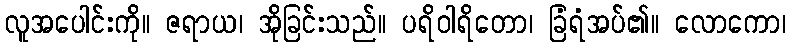
လူအပေါင်းကို။ ဇရာယ၊ အိုခြင်းသည်။ ပရိဝါရိတော၊ ခြံရံအပ်၏။ လောကော၊